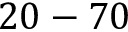
2 0 - 7 0